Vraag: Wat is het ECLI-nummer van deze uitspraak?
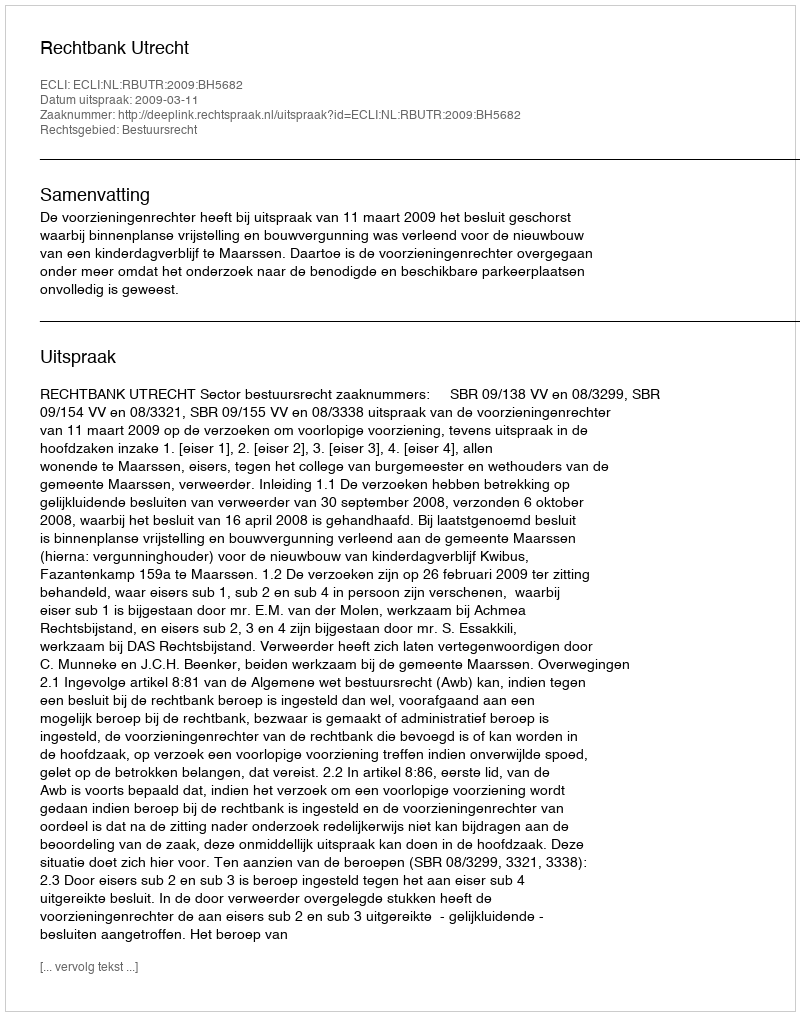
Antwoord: ECLI:NL:RBUTR:2009:BH5682